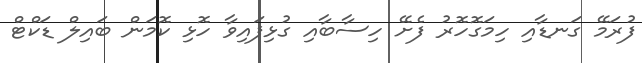
ފުރަމޭ ގަނޑާއި ހިމަގޮހޮރު ފެށޭ ހިސާބާއި ގުޅިފައިވާ ހޮޅި ކޮމަން ބައިލް ޑަކްޓް